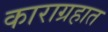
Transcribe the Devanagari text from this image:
काराग्रहात